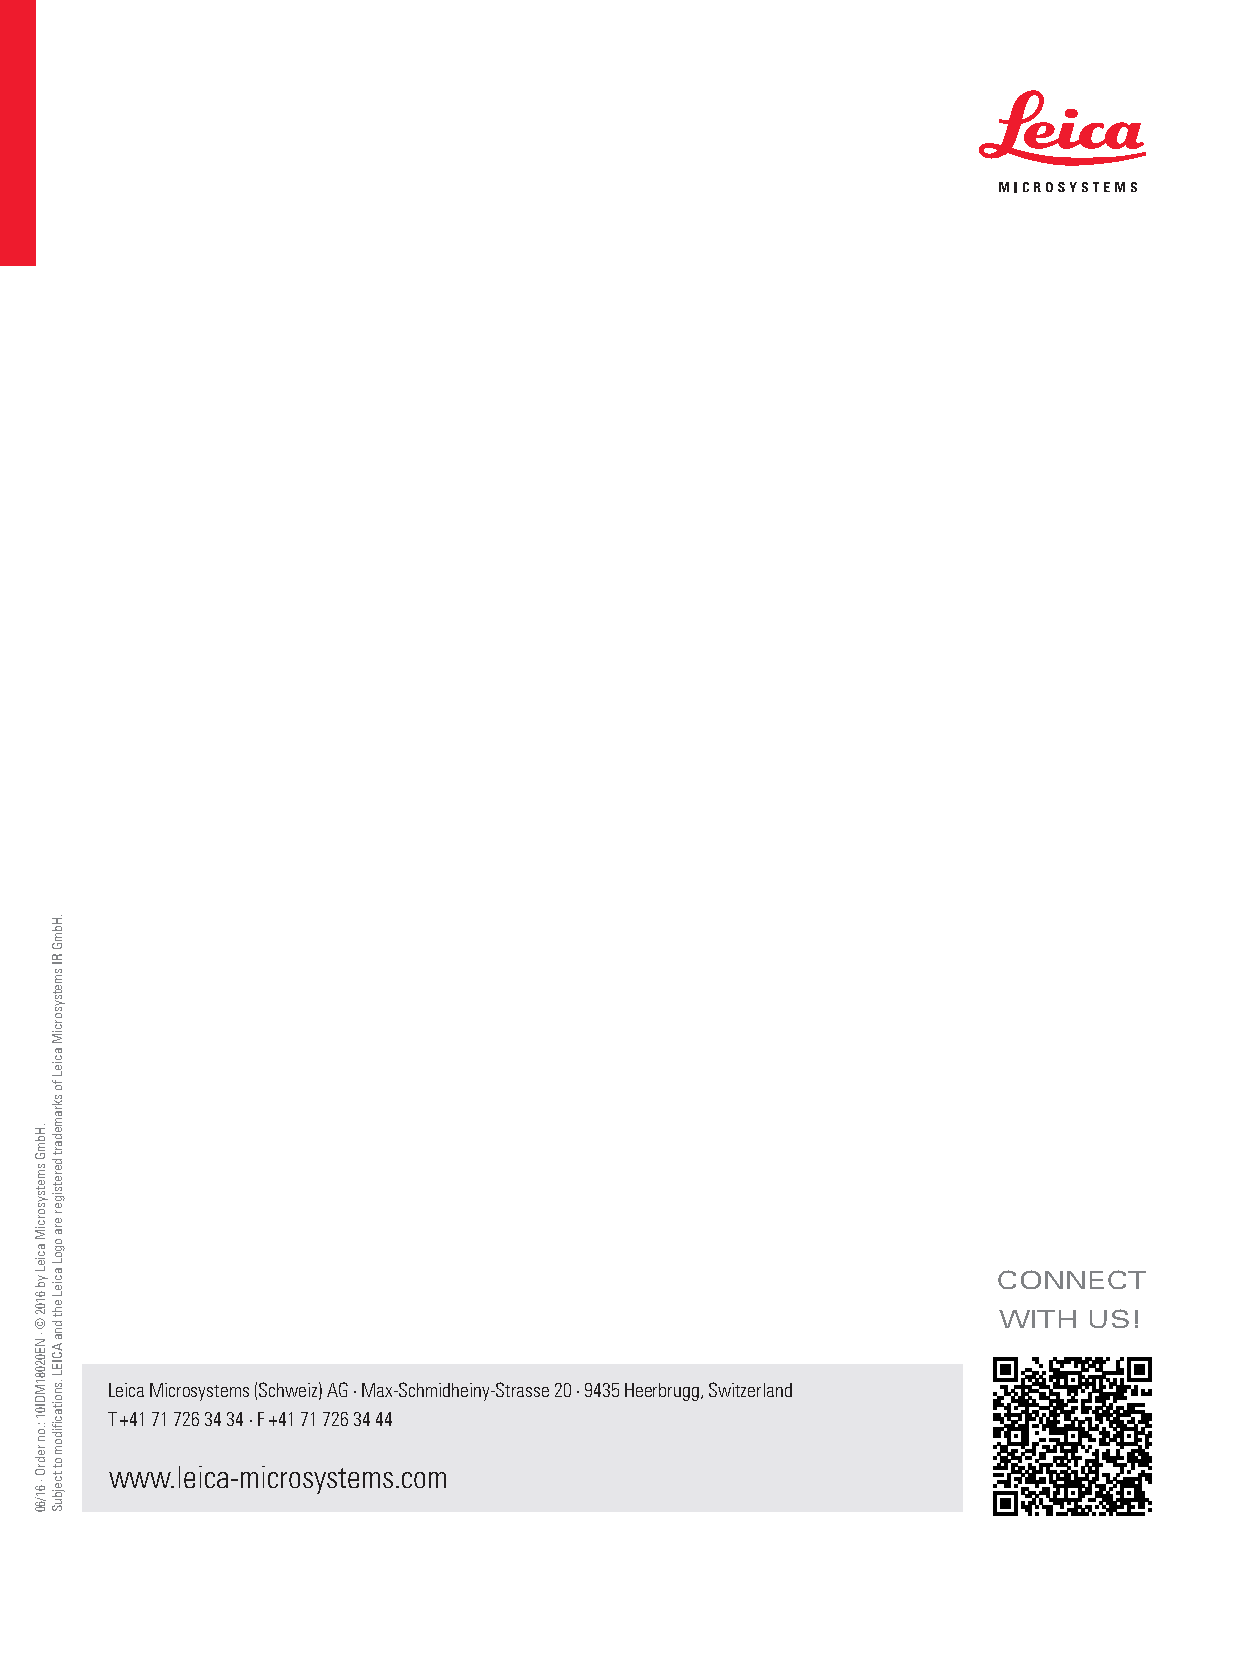
CONNECT
 WITH  US!
 Leica Microsystems (Schweiz) AG · Max-Schmidheiny-Strasse 20 · 9435 Heerbrugg, Switzerland
 T +41 71 726 34 34 · F +41 71 726 34 44
 www.leica-microsystems.com
 .HbmG
 smetsysorciM
 acieL
 yb
 6102
 ©
 · NE02081MDI01
 :.on
 redrO
 · 61/60
 .HbmG
 RI
 smetsysorciM
 acieL
 fo
 skramedart
 deretsiger
 era
 ogoL
 acieL
 eht
 dna
 ACIEL
 .snoitacfiidom
 ot
 tcejbuS